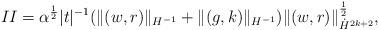
LaTeX: \begin{align*}II =\alpha^\frac12 |t|^{-1} (\|(w,r)\|_{H^{-1}} + \|(g,k)\|_{H^{-1}}) \|(w,r)\|_{\dot H^{2k+2}}^\frac12,\end{align*}